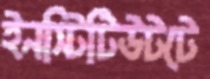
ইনস্টিটিউটটে